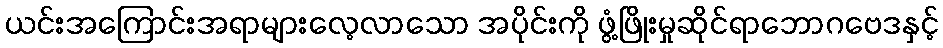
ယင်းအကြောင်းအရာများလေ့လာသော အပိုင်းကို ဖွံ့ဖြိုးမှုဆိုင်ရာဘောဂဗေဒနှင့်